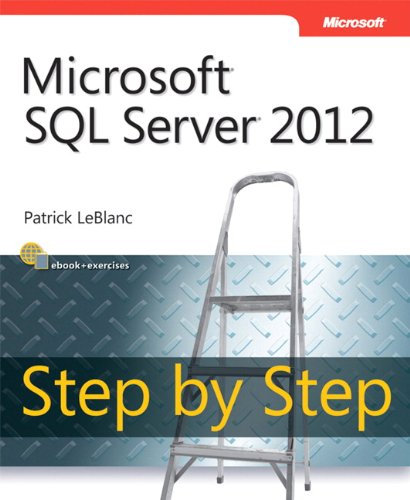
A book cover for Microsoft SQL Server 2012 Step by Step (Step by Step Developer); Patrick LeBlanc; Computers & Technology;